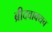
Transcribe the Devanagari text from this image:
ब्रीदवाक्यच